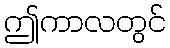
ဤကာလတွင်